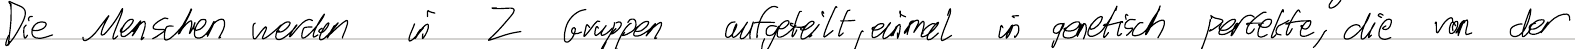
Die Menschen werden in 2 Gruppen aufgeteilt, einmal in genetisch perfekte, die von der